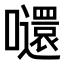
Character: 𡄤